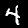
Digit: 4